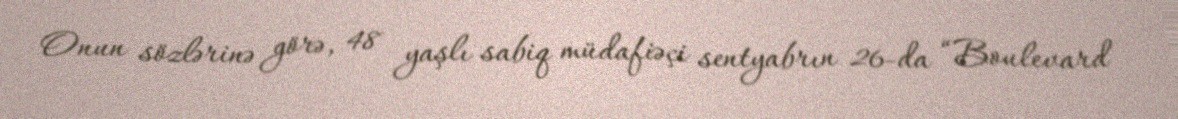
Onun sözlərinə görə, 48 yaşlı sabiq müdafiəçi sentyabrın 26-da “Boulevard